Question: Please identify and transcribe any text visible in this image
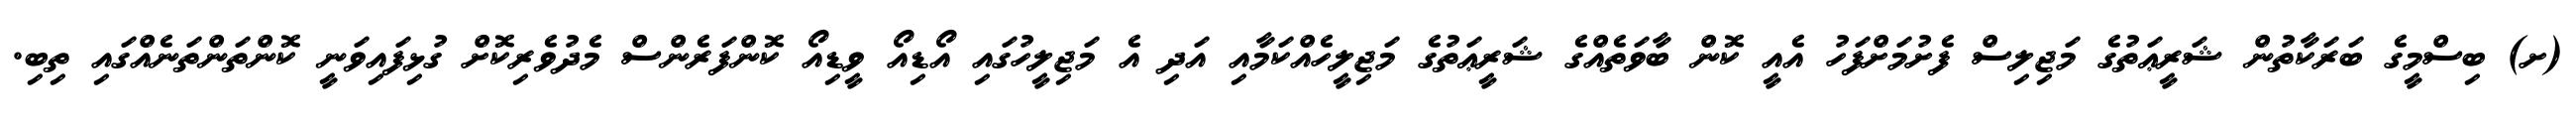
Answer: (ށ) ބިސްމީގެ ބަރަކާތުން ޝަރީޢަތުގެ މަޖިލިސް ފެށުމަށްފަހު އެއީ ކޮން ބާވަތެއްގެ ޝަރީޢަތުގެ މަޖިލީހެއްކަމާއި އަދި އެ މަޖިލީހުގައި އޯޑިއޯ ވީޑިއޯ ކޮންފަރެންސް މެދުވެރިކޮށް ގުޅިފައިވަނީ ކޮންތަންތަނެއްގައި ތިބި.